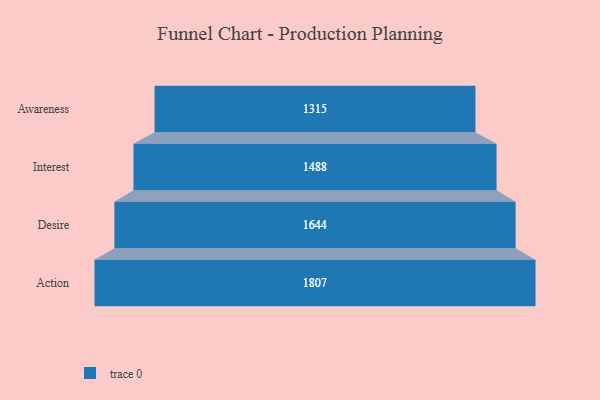
{"axis": {"x": "Stage", "y": "Value"}, "legend": [""], "data": [{"x": "Awareness", "y": 1315.0, "type": ""}, {"x": "Interest", "y": 1488.0, "type": ""}, {"x": "Desire", "y": 1644.0, "type": ""}, {"x": "Action", "y": 1807.0, "type": ""}]}